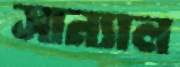
সান্যাল